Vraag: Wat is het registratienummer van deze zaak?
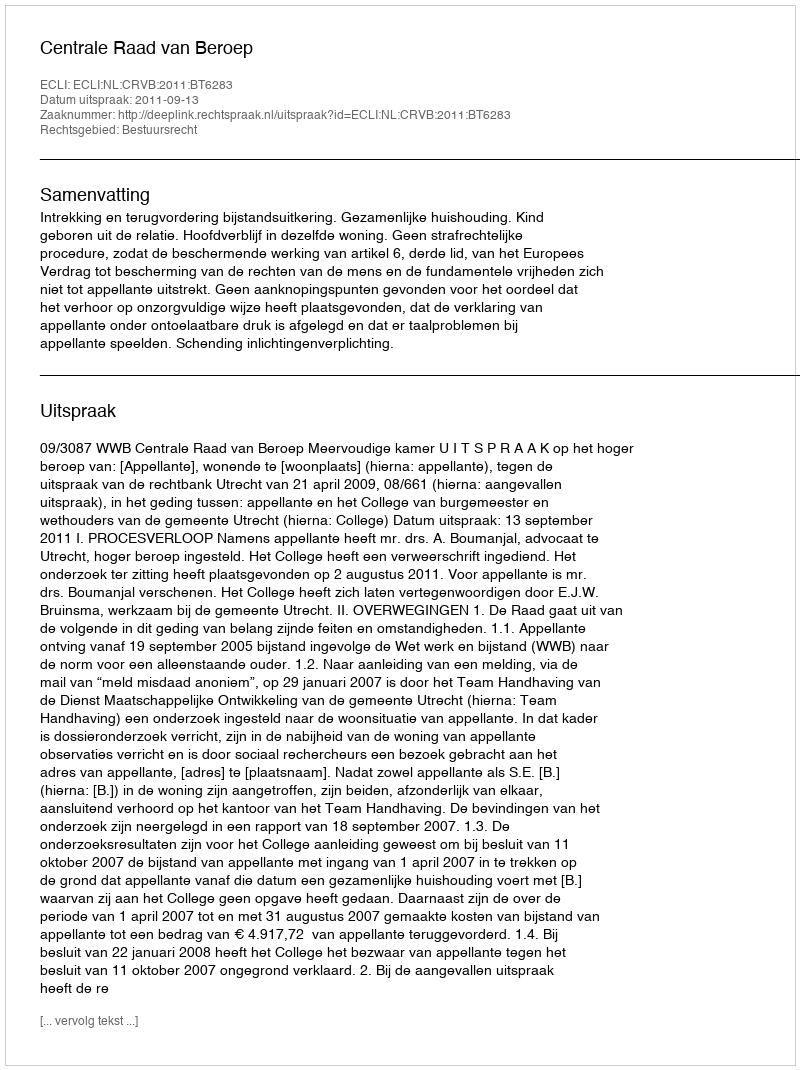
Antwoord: http://deeplink.rechtspraak.nl/uitspraak?id=ECLI:NL:CRVB:2011:BT6283